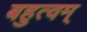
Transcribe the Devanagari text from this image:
बहुत्वम्